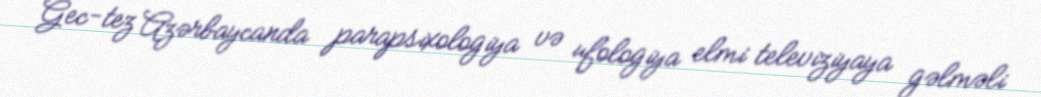
Gec-tez Azərbaycanda parapsixologiya və ufologiya elmi televiziyaya gəlməli